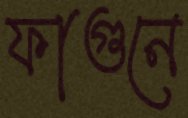
ফাগুনে